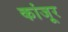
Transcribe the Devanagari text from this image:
कांजूर